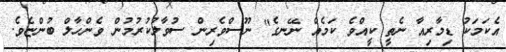
އެކަމަކު ޑިމާރިއާ ނެތީ ކީއްވެ ކަމެއް ނޭނގެ" ނޫސްވެރިން ސުވާލުކުރުމުން ވެންހާލް ބުންޏެވެ.